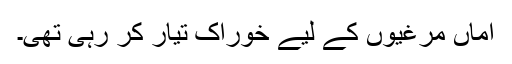
اماں مرغیوں کے لیے خوراک تیار کر رہی تھی۔